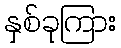
နှစ်ခုကြား